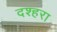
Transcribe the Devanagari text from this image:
दश्हरा